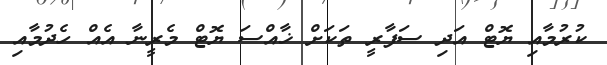
ކުރުމާއި ޔޮޓް އަދި ސަފާރީ ތަކަށް ޚާއްސަ ޔޮޓް މެރީނާ އެއް ހެދުމާއި